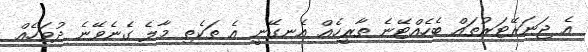
އެ ޖަނަރޭޓަރުތައް ބެހެއްޓޭނެ ތާރީހެއް އެނގޭނީ އެ ތަކެތި މާލެ ގެނެވޭނެ ދުވަހެއް